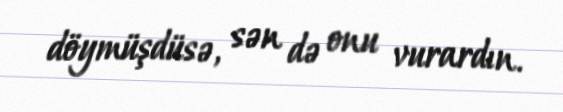
döymüşdüsə, sən də onu vurardın.